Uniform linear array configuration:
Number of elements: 12
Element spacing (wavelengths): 1
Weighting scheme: hamming
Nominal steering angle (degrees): -60
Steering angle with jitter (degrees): -58.854
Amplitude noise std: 0.05
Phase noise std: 0.05

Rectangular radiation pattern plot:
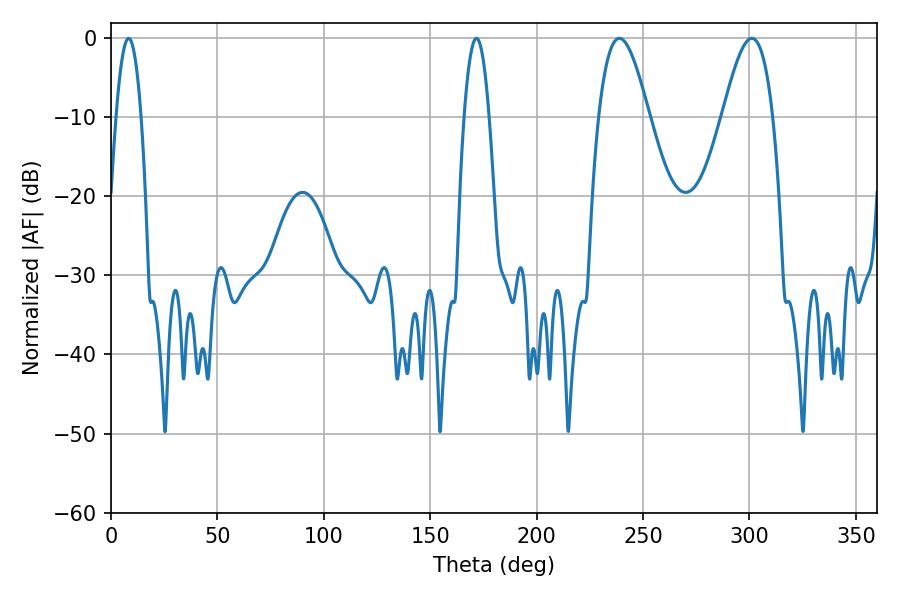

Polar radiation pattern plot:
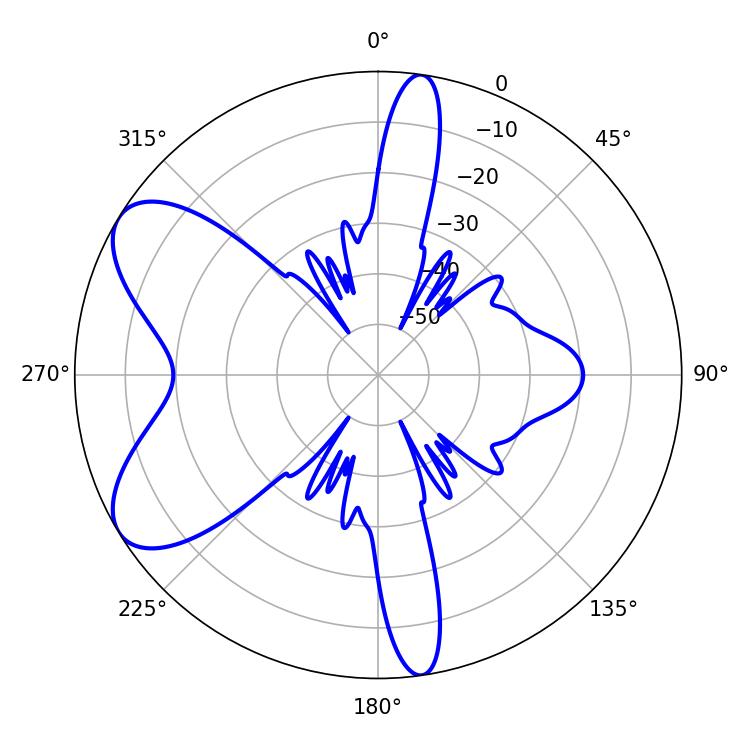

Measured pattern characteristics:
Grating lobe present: TRUE
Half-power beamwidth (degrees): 6.48
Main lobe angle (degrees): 8.28